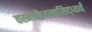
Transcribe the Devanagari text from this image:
तस्मात्कैवल्यसिद्ध्यर्थं